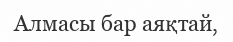
Алмасы бар аяқтай,